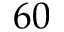
6 0